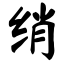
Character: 绡